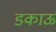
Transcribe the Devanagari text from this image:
डकाऊ